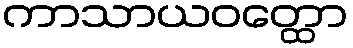
ကာသာယဝတ္ထော